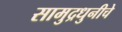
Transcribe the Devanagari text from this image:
सामुद्रधुनीचे